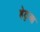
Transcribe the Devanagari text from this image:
हेठुआ